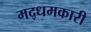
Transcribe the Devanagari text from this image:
मद्धमकारी